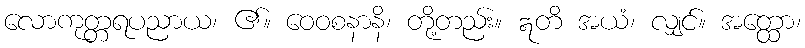
လောကုတ္တရပညာယ၊ ၏။ ဝေဝစနာနိ၊ တို့တည်း။ ဣတိ အယံ၊ လျှင်။ အတ္ထော၊